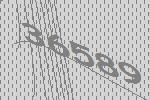
36589